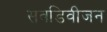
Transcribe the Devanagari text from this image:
सवडिवीजन